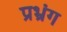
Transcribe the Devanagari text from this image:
प्रभ्रंग